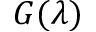
G ( \lambda )